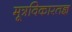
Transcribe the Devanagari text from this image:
मूत्रविकारतज्ञ